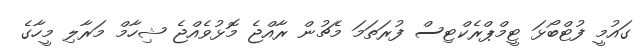
ގައުމީ ފުޓްބޯޅަ ޓީމްޕްރެކްޓިސް ފުރަތަމަ މެޗުން ރާއްޖެ މޮޅުވެއްޖެ ޝިހާމް މަރާލި މީހާގެ